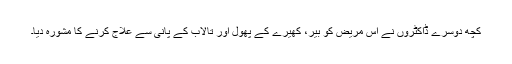
کچھ دوسرے ڈاکٹروں‌ نے اس مریض کو بیر، کھیرے کے پھول اور تالاب کے پانی سے علاج کرنے کا مشورہ دیا۔